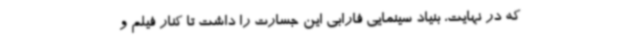
که در نهایت، بنیاد سینمایی فارابی این جسارت را داشت تا کنار فیلم و